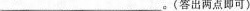
_____。(答出两点即可)